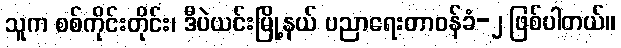
သူက စစ်ကိုင်းတိုင်း၊ ဒီပဲယင်းမြို့နယ် ပညာရေးတာဝန်ခံ-၂ ဖြစ်ပါတယ်။